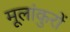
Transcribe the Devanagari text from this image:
मूलांकुरों